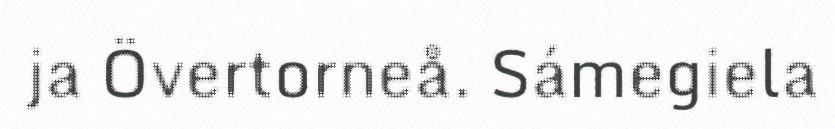
ja Övertorneå. Sámegiela